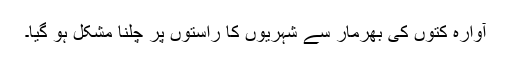
آوارہ کتوں کی بھرمار سے شہریوں کا راستوں پر چلنا مشکل ہو گیا۔